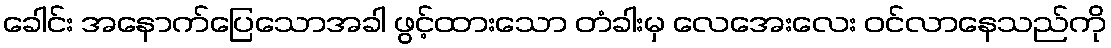
ခေါင်း အနောက်ပြေသောအခါ ဖွင့်ထားသော တံခါးမှ လေအေးလေး ဝင်လာနေသည်ကို